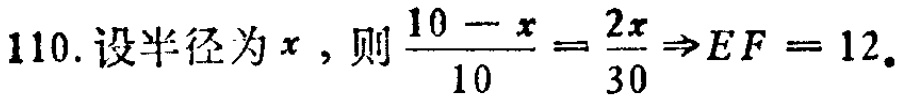
110. 设半径为\(x\)，则\(\frac{10 - x}{10} = \frac{2x}{30} \Rightarrow EF = 12\)。